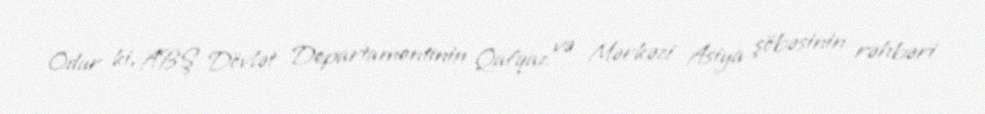
Odur ki, ABŞ Dövlət Departamentinin Qafqaz və Mərkəzi Asiya şöbəsinin rəhbəri